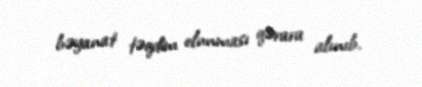
bəyanat təqdim olunması qərara alınıb.